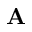
\mathbf { A }